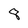
Character: 8